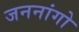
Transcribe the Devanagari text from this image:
जननांगो